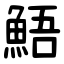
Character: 鯃